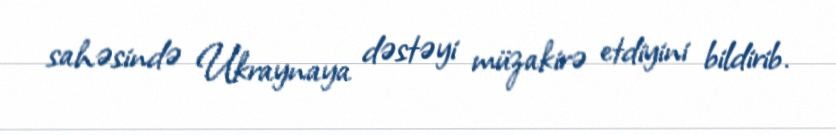
sahəsində Ukraynaya dəstəyi müzakirə etdiyini bildirib.